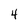
Character: 4